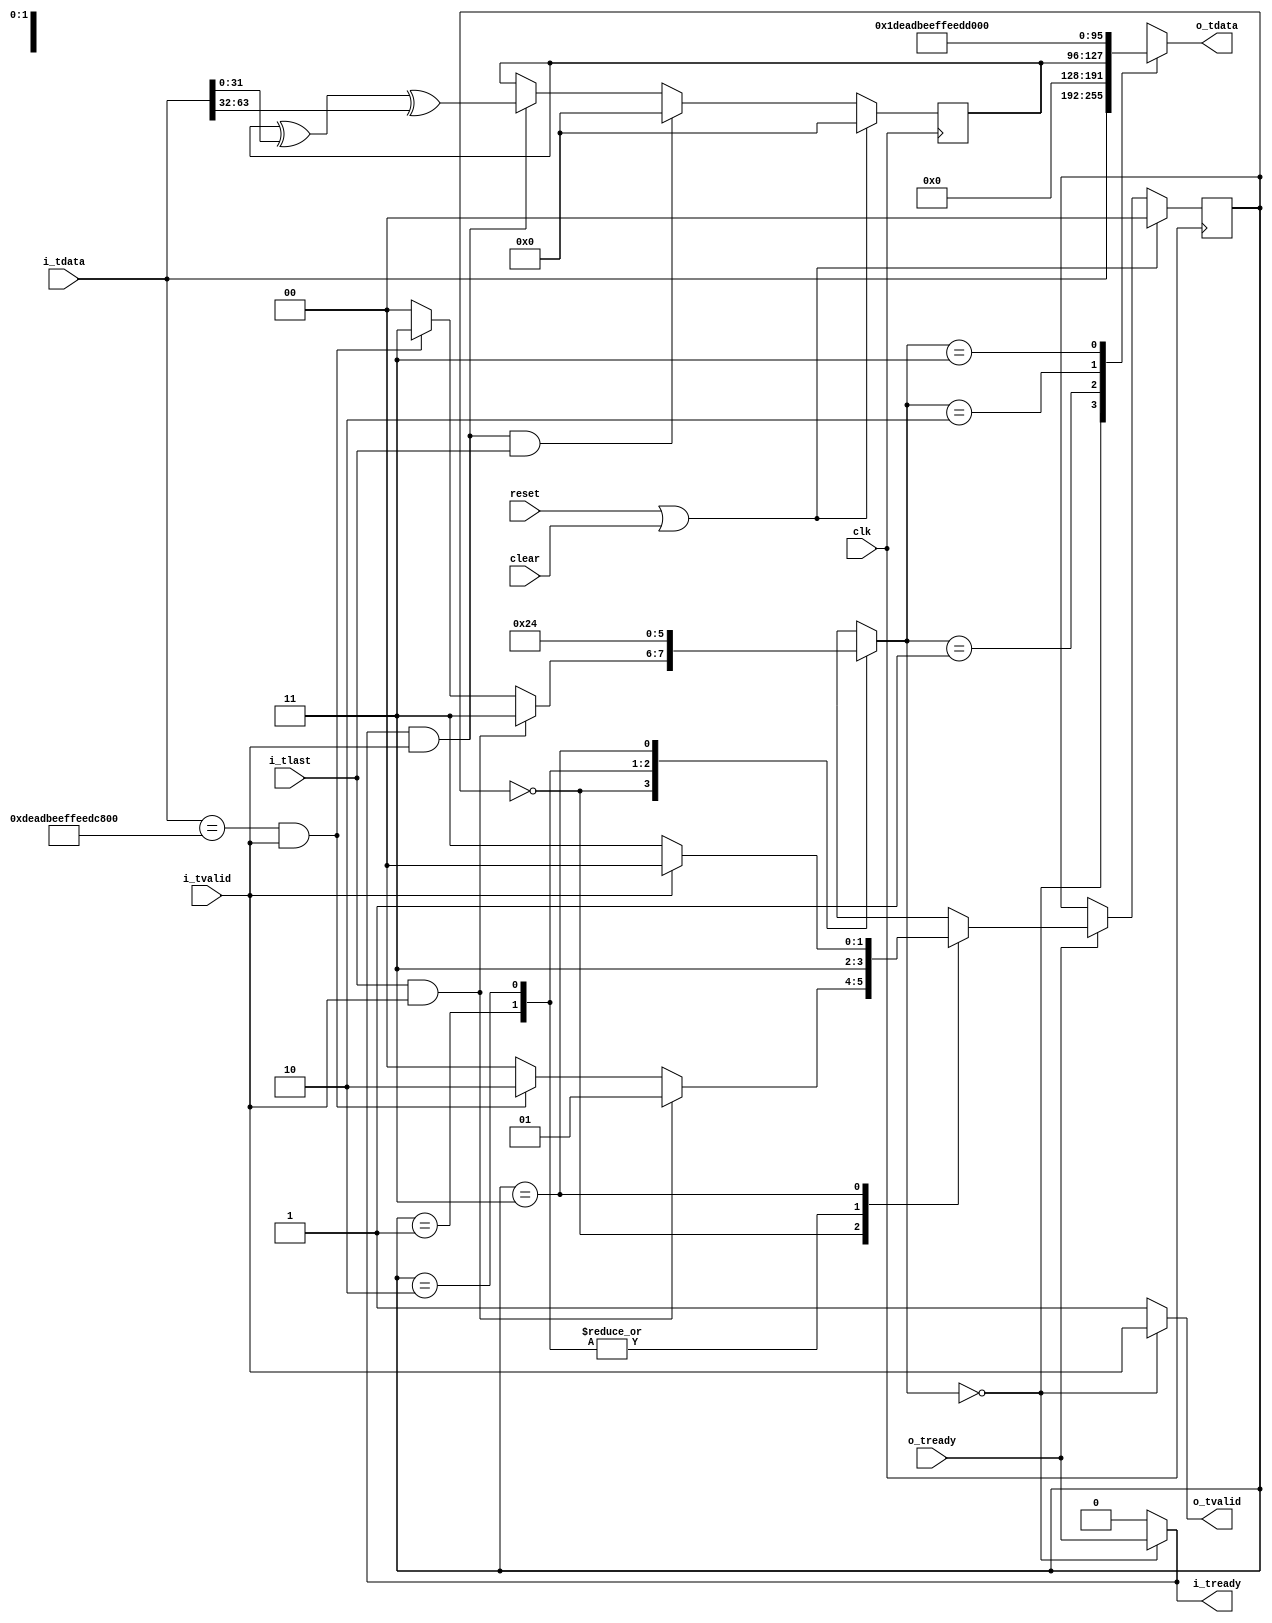
//
// AXI stream neds N+1 bits to transmit packets of N bits so that the LAST bit can be represented.
// LAST occurs relatively infrequently and can be synthesized by using an in-band ESC code to generate
// a multi-word sequence to encode it (and the escape character when it appears as data input).
//
// 0x1234567887654321 with last becomes
// 0xDEADBEEFFEEDCAFE 0x0000000000000001 0x1234567887654321
//
// 0xDEADBEEFFEEDCAFE with last becomes
// 0xDEADBEEFFEEDCAFE 0x0000000000000001 0xDEADBEEFFEEDCAFE
//
// 0xDEADBEEFFEEDCAFE without last becomes
// 0xDEADBEEFFEEDCAFE 0x0000000000000000 0xDEADBEEFFEEDCAFE
//

module axi_embed_tlast
   #(parameter WIDTH=64)
  (
   input clk,
   input reset,
   input clear,
   //
   input [WIDTH-1:0] i_tdata,
   input i_tlast,
   input i_tvalid,
   output i_tready,
   //
   output reg [WIDTH-1:0] o_tdata,
   output o_tvalid,
   input o_tready
   
   );

   localparam PASS = 0;
   localparam ZERO = 1;
   localparam ONE = 2;
   localparam ESCAPE = 3;

   localparam IDLE = 0;
   localparam LAST = 1;
   localparam ESC = 2;
   localparam FINISH = 3;
   
   reg [1:0]  state, next_state;

   reg [1:0]  select;

   reg [31:0] checksum;
   
   always @(posedge clk) 
     if (reset | clear) begin
	checksum <= 0;
     end else if (i_tready && i_tvalid && i_tlast) begin
	checksum <= 0;
     end else if (i_tready && i_tvalid) begin
	checksum <= checksum ^ i_tdata[31:0] ^ i_tdata[63:32];
     end 
   
   always @(posedge clk) 
     if (reset | clear) begin
	state <= IDLE;
     end else begin if (o_tready)
	state <= next_state;
     end 
   
   always @(*) begin
      case(state)
	IDLE: begin
	   if (i_tlast && i_tvalid)
	     begin
		next_state = LAST;
		select = ESCAPE;
	     end
	   else if ((i_tdata == 64'hDEADBEEFFEEDCAFE) && i_tvalid)
	     begin
		next_state = ESC;
		select = ESCAPE;
	     end
	   else
	     begin
		next_state = IDLE;
		select = PASS;
	     end
	end // case: IDLE
	//
	//
	LAST: begin
	   select = ONE;
	   next_state = FINISH;
	end
	//
	//
	ESC: begin
	   select = ZERO;
	   next_state = FINISH;
	end
	//
	//
	FINISH: begin
	   select = PASS;
	   if (i_tvalid)
	     next_state = IDLE;
	   else
	     next_state = FINISH;
	end
      endcase // case(state)
   end // always @ (*)
   	      
   //
   // Muxes
   //
   always @*
     begin
	case(select)
	  PASS:   o_tdata = i_tdata;	  
	  ZERO:   o_tdata = 0;
	  ONE:    o_tdata = {checksum[31:0],32'h1};
	  ESCAPE: o_tdata = 64'hDEADBEEFFEEDCAFE;
	endcase // case(select)
     end

   assign o_tvalid = (select == PASS) ? i_tvalid : 1'b1;
   assign i_tready = (select == PASS) ? o_tready : 1'b0;

endmodule // axi_embed_tlast